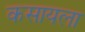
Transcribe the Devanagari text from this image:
कसायला